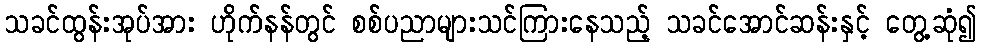
သခင်ထွန်းအုပ်အား ဟိုက်နန်တွင် စစ်ပညာများသင်ကြားနေသည့် သခင်အောင်ဆန်းနှင့် တွေ့ဆုံ၍